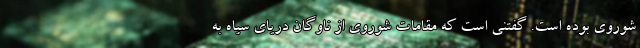
شوروی بوده است. گفتنی است که مقامات شوروی از ناوگان دریای سیاه به